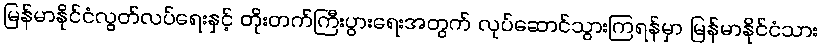
မြန်မာနိုင်ငံလွတ်လပ်ရေးနှင့် တိုးတက်ကြီးပွားရေးအတွက် လုပ်ဆောင်သွားကြရန်မှာ မြန်မာနိုင်ငံသား